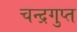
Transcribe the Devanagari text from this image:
चन्‍द्रगुप्‍त